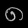
Digit: ၈